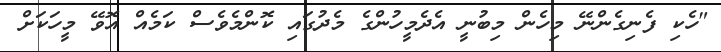
"ހެކި ފެނިގެންނޭ މިހެން މިބުނީ އެދެމީހުންގެ މެދުގައި ކޮންމެވެސް ކަމެއް އޮވޭ މީހަކަށް